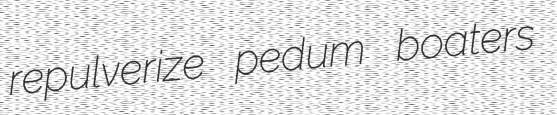
repulverize pedum boaters